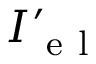
{ { I } _ { \mathrm { ~ e ~ l ~ } } ^ { \prime } }